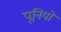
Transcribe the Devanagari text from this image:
पूनियों